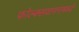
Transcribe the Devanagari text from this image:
फोल्क्सवागनमध्ये